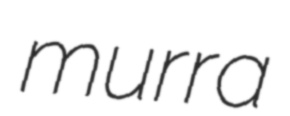
murra